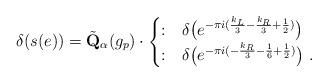
LaTeX: \begin{align*} \delta(s(e)) = \tilde{\mathbf Q}_\alpha( g_p ) \cdot \begin{cases} :& \delta\big(e^{-\pi i ( \frac{k_L}{3}-\frac{k_R}{3} +\frac{1}{2} )}\big)\\ :& \delta \big( e^{-\pi i ( -\frac{k_R}{3} - \frac{1}{6} + \frac{1}{2} )} \big) \ .\end{cases}\end{align*}